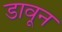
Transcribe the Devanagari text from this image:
डावून